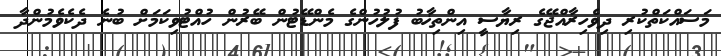
މަސައްކަތްކުރި ދިވެހިރާއްޖޭގެ ރިޔާސީ އިންތިޚާބު ފުލުހުންގެ މެންޑޭޓުން ބޭރުން ހުއްޓުވިކަމަށް ބުނެ ދެކެވެމުންދާ